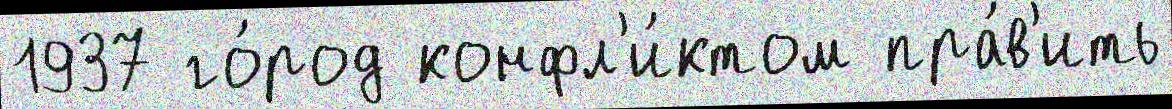
1937 го́род конфл'и́ктом пра́в'ить